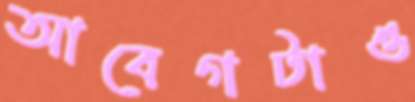
আবেগটাও